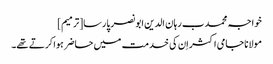
خواجہ محمد ب رہان الدین ابو نصر پارسا[ترمیم]
مولانا جامی اکثر اِن کی خدمت میں حاضر ہوا کرتے تھے۔